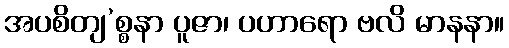
အပစိတျ’စ္စနာ ပူဇာ၊ ပဟာရော ဗလိ မာနနာ။